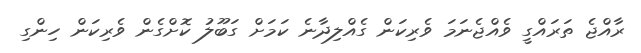
ރާއްޖެ ތަރައްގީ ވެއްޖެނަމަ ވެރިކަން ގެއްލިދާނެ ކަމަށް ގަބޫލު ކޮށްގެން ވެރިކަން ހިންގި